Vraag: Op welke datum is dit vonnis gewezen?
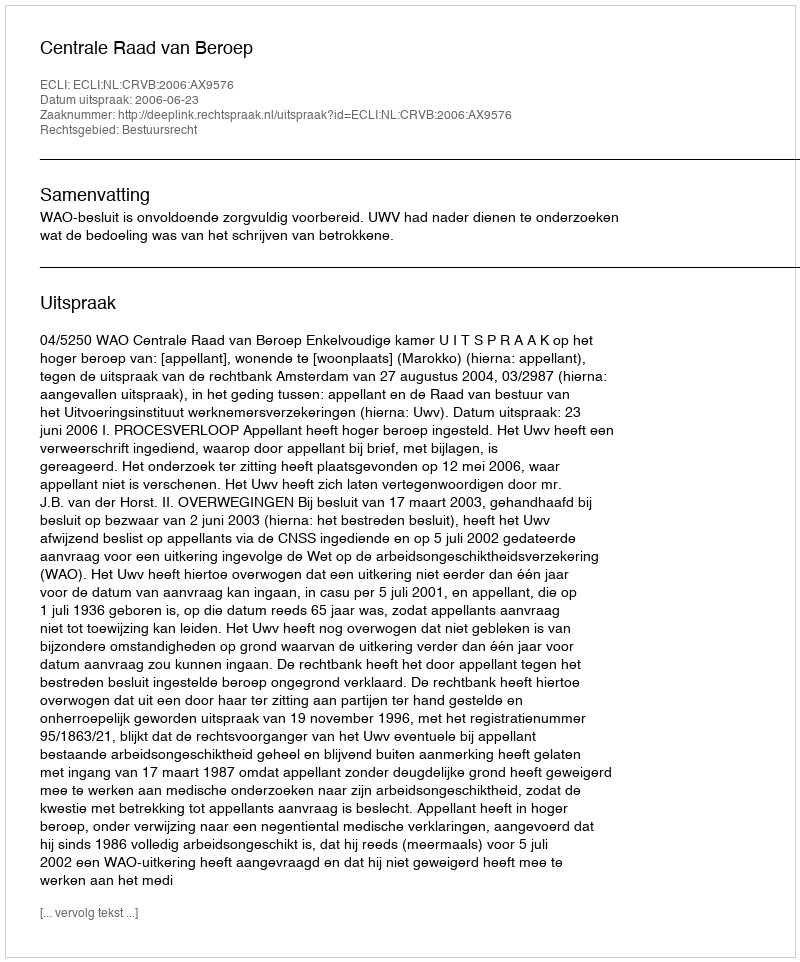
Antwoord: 2006-06-23